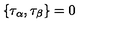
\{ \tau _ { \alpha } , \tau _ { \beta } \} = 0